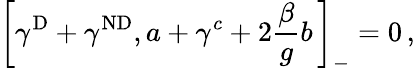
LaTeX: \left[\gamma^{\mathrm{D}}+{\gamma}^{\mathrm{ND}},a+\gamma^{c}+2\frac{\beta}{g}b\, \right]_{-}=0\, ,